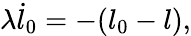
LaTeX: \lambda\dot{l}_{0}=-(l_{0}-l),